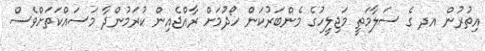
އިތުރުން އދ ގެ ސަލާމަތީ މަޖިލީހުގެ މެންބަރުކަން ހޯދުމަށް ރާއްޖެއިން ކުރަމުންދާ މަސައްކަތަށްވެސް